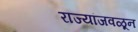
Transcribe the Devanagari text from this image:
राज्यांजवळून